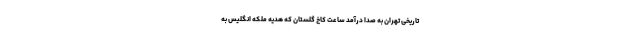
تاریخی تهران به صدا درآمد ساعت کاخ گلستان که هدیه ملکه انگلیس به